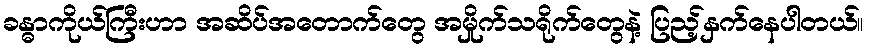
ခန္ဓာကိုယ်ကြီးဟာ အဆိပ်အတောက်တွေ အမှိုက်သရိုက်တွေနဲ့ ပြည့်နှက်နေပါတယ်။